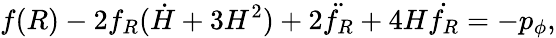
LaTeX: f(R)-2f_{R}(\dot{H}+3H^{2})+2\ddot{f_{R}}+4H\dot{f_{R}}=-p_{\phi},